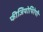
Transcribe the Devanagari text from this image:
फीजियोथिरेपी